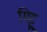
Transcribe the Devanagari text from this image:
मिट्टू